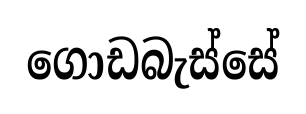
ගොඩබැස්සේ